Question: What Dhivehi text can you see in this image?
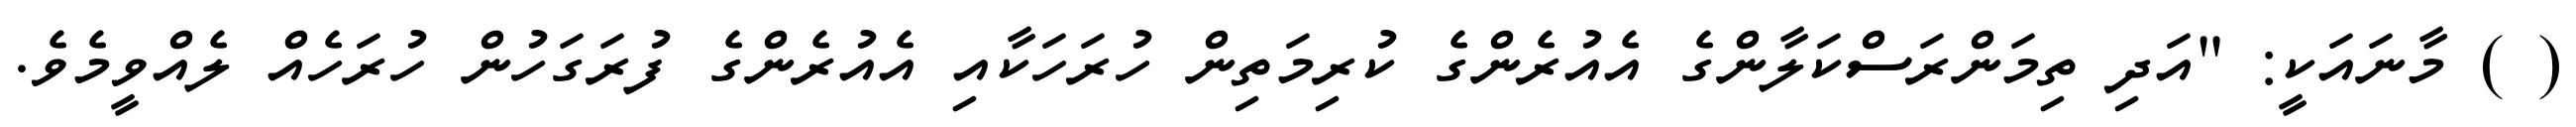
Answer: ( ) މާނައަކީ: "އަދި ތިމަންރަސްކަލާންގެ އެއުރެންގެ ކުރިމަތިން ހުރަހަކާއި އެއުރެންގެ ފުރަގަހުން ހުރަހެއް ލެއްވީމެވެ.